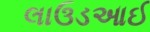
લાઉડઆઈ